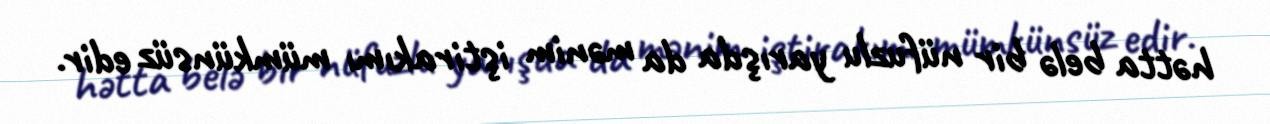
hətta belə bir nüfuzlu yarışda da mənim iştirakımı mümkünsüz edir.